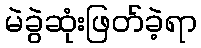
မဲခွဲဆုံးဖြတ်ခဲ့ရာ